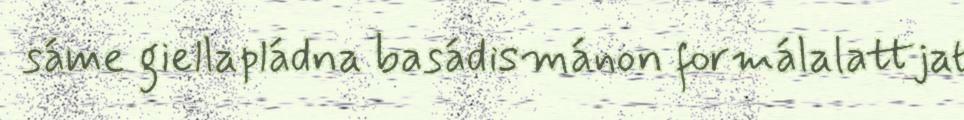
sáme giellapládna basádismánon formálalattjat